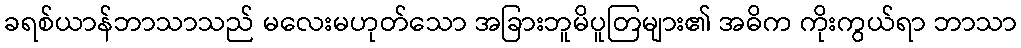
ခရစ်ယာန်ဘာသာသည် မလေးမဟုတ်သော အခြားဘူမိပူတြများ၏ အဓိက ကိုးကွယ်ရာ ဘာသာ